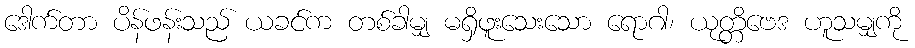
ဒေါက်တာ ပိန်ဖန်းသည် ယခင်က တစ်ခါမျှ မရှိဖူးသေးသော ရောဂါ၊ ယုတ္တိဗေဒ ဟူသမျှကို